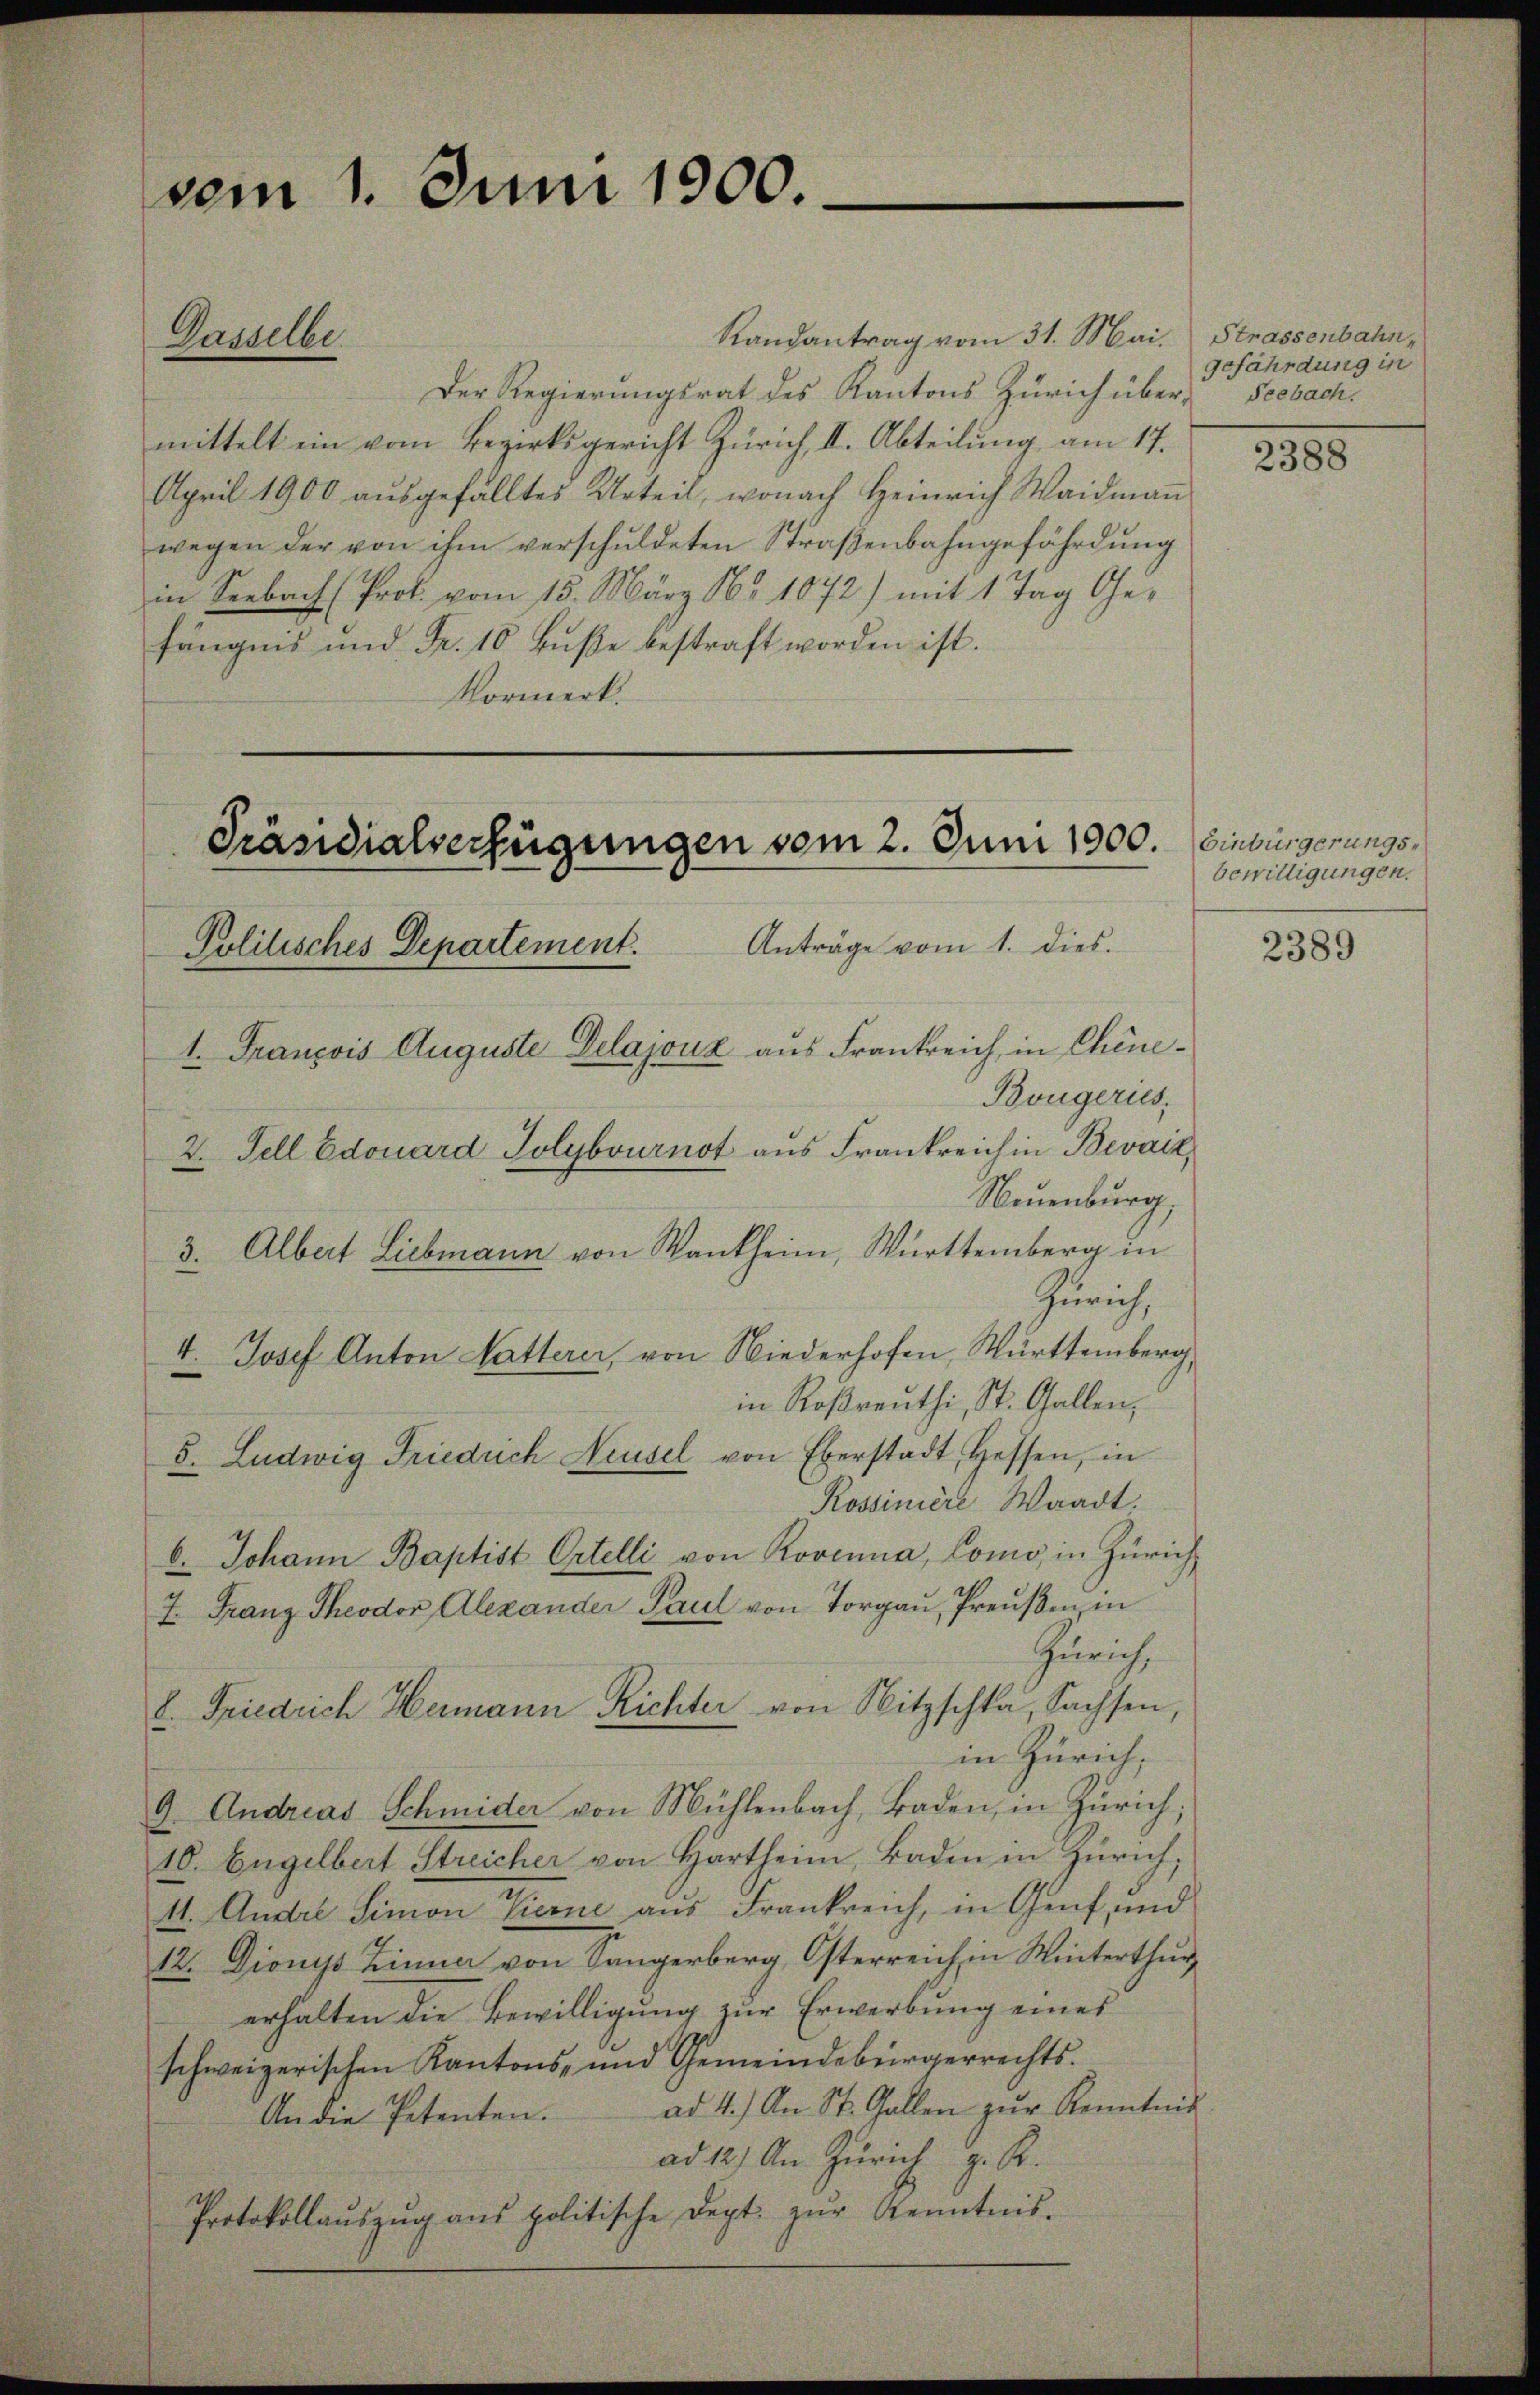
vom 1. Juni 1900.

Randantrag vom 31. Mai.
Der Regierungsrat des Kantons Zürich über-
mittelt ein vom Bezirksgericht Zürich, II. Abteilung am 17.
April 1900 aŭsgefälltes Urteil, wonach Heinrich Waidmaṅ
wegen der von ihm verschuldeten Straβenbahngefährdŭng
in Seebach (Prof. vom 15. März 16. 1072) mit 1 Tag Gefängnis und Fr. 10 Fuße bestraft worden ist.
Vormerk.

Dasselbe.

Präsidialverfügungen vom 2. Juni 1900.
Politisches Departement. Anträge vom 1. dies.

1. François Auguste Delajouz aus Frankreich, in Chine¬
2. Fell Edouard Jolybvurnot aus Frankreich in Bevaiz,

Strassenbahn,
gefährdung in
Seebach.

Bougeries,
Neuenburg,
3. Albert Liebmann von Wankheim, Württemberg in
Zürich,
4. Josef Anton Notterer, von Niederhofen, Württemberg,
in Roβreŭthi, St. Gallen,
5. Ludwig Friedrich Neusel von Eberstadt Hessen, in
Rossiniere Waadt.
b. Johann Baptist Ortelli von Rovenna, Como, in Zürich,
7. Franz Theodor Alexander Paul von Torgau, Preußen in
Zürich,
8. Friedrich Hermann Richter von Nitzschka, Sachsen,
in Zürich,
9. Andreas Schmider von Mühlenbach, Baden, in Zürich;
10. Engelbert Streicher von Hartheim, Baden in Zürich;
11. Andre Simon Vierne aus Frankreich, in Genf, und
12. Dionyss Zinner von Sängerberg, Osterreich in Winterthur
erhalten die Bewilligung zur Erwerbung eines
schweizerischen Kantons- und Gemeindebürgerrechts.
An die Petenten. ad 4.) An St. Gallen zŭr Kenntnis
ad 12) An Zürich z. B.
Protokollaŭszŭg ans politische Dept. zŭr Kenntnis-

Einbürgerungsbewilligungen.

2388

2389